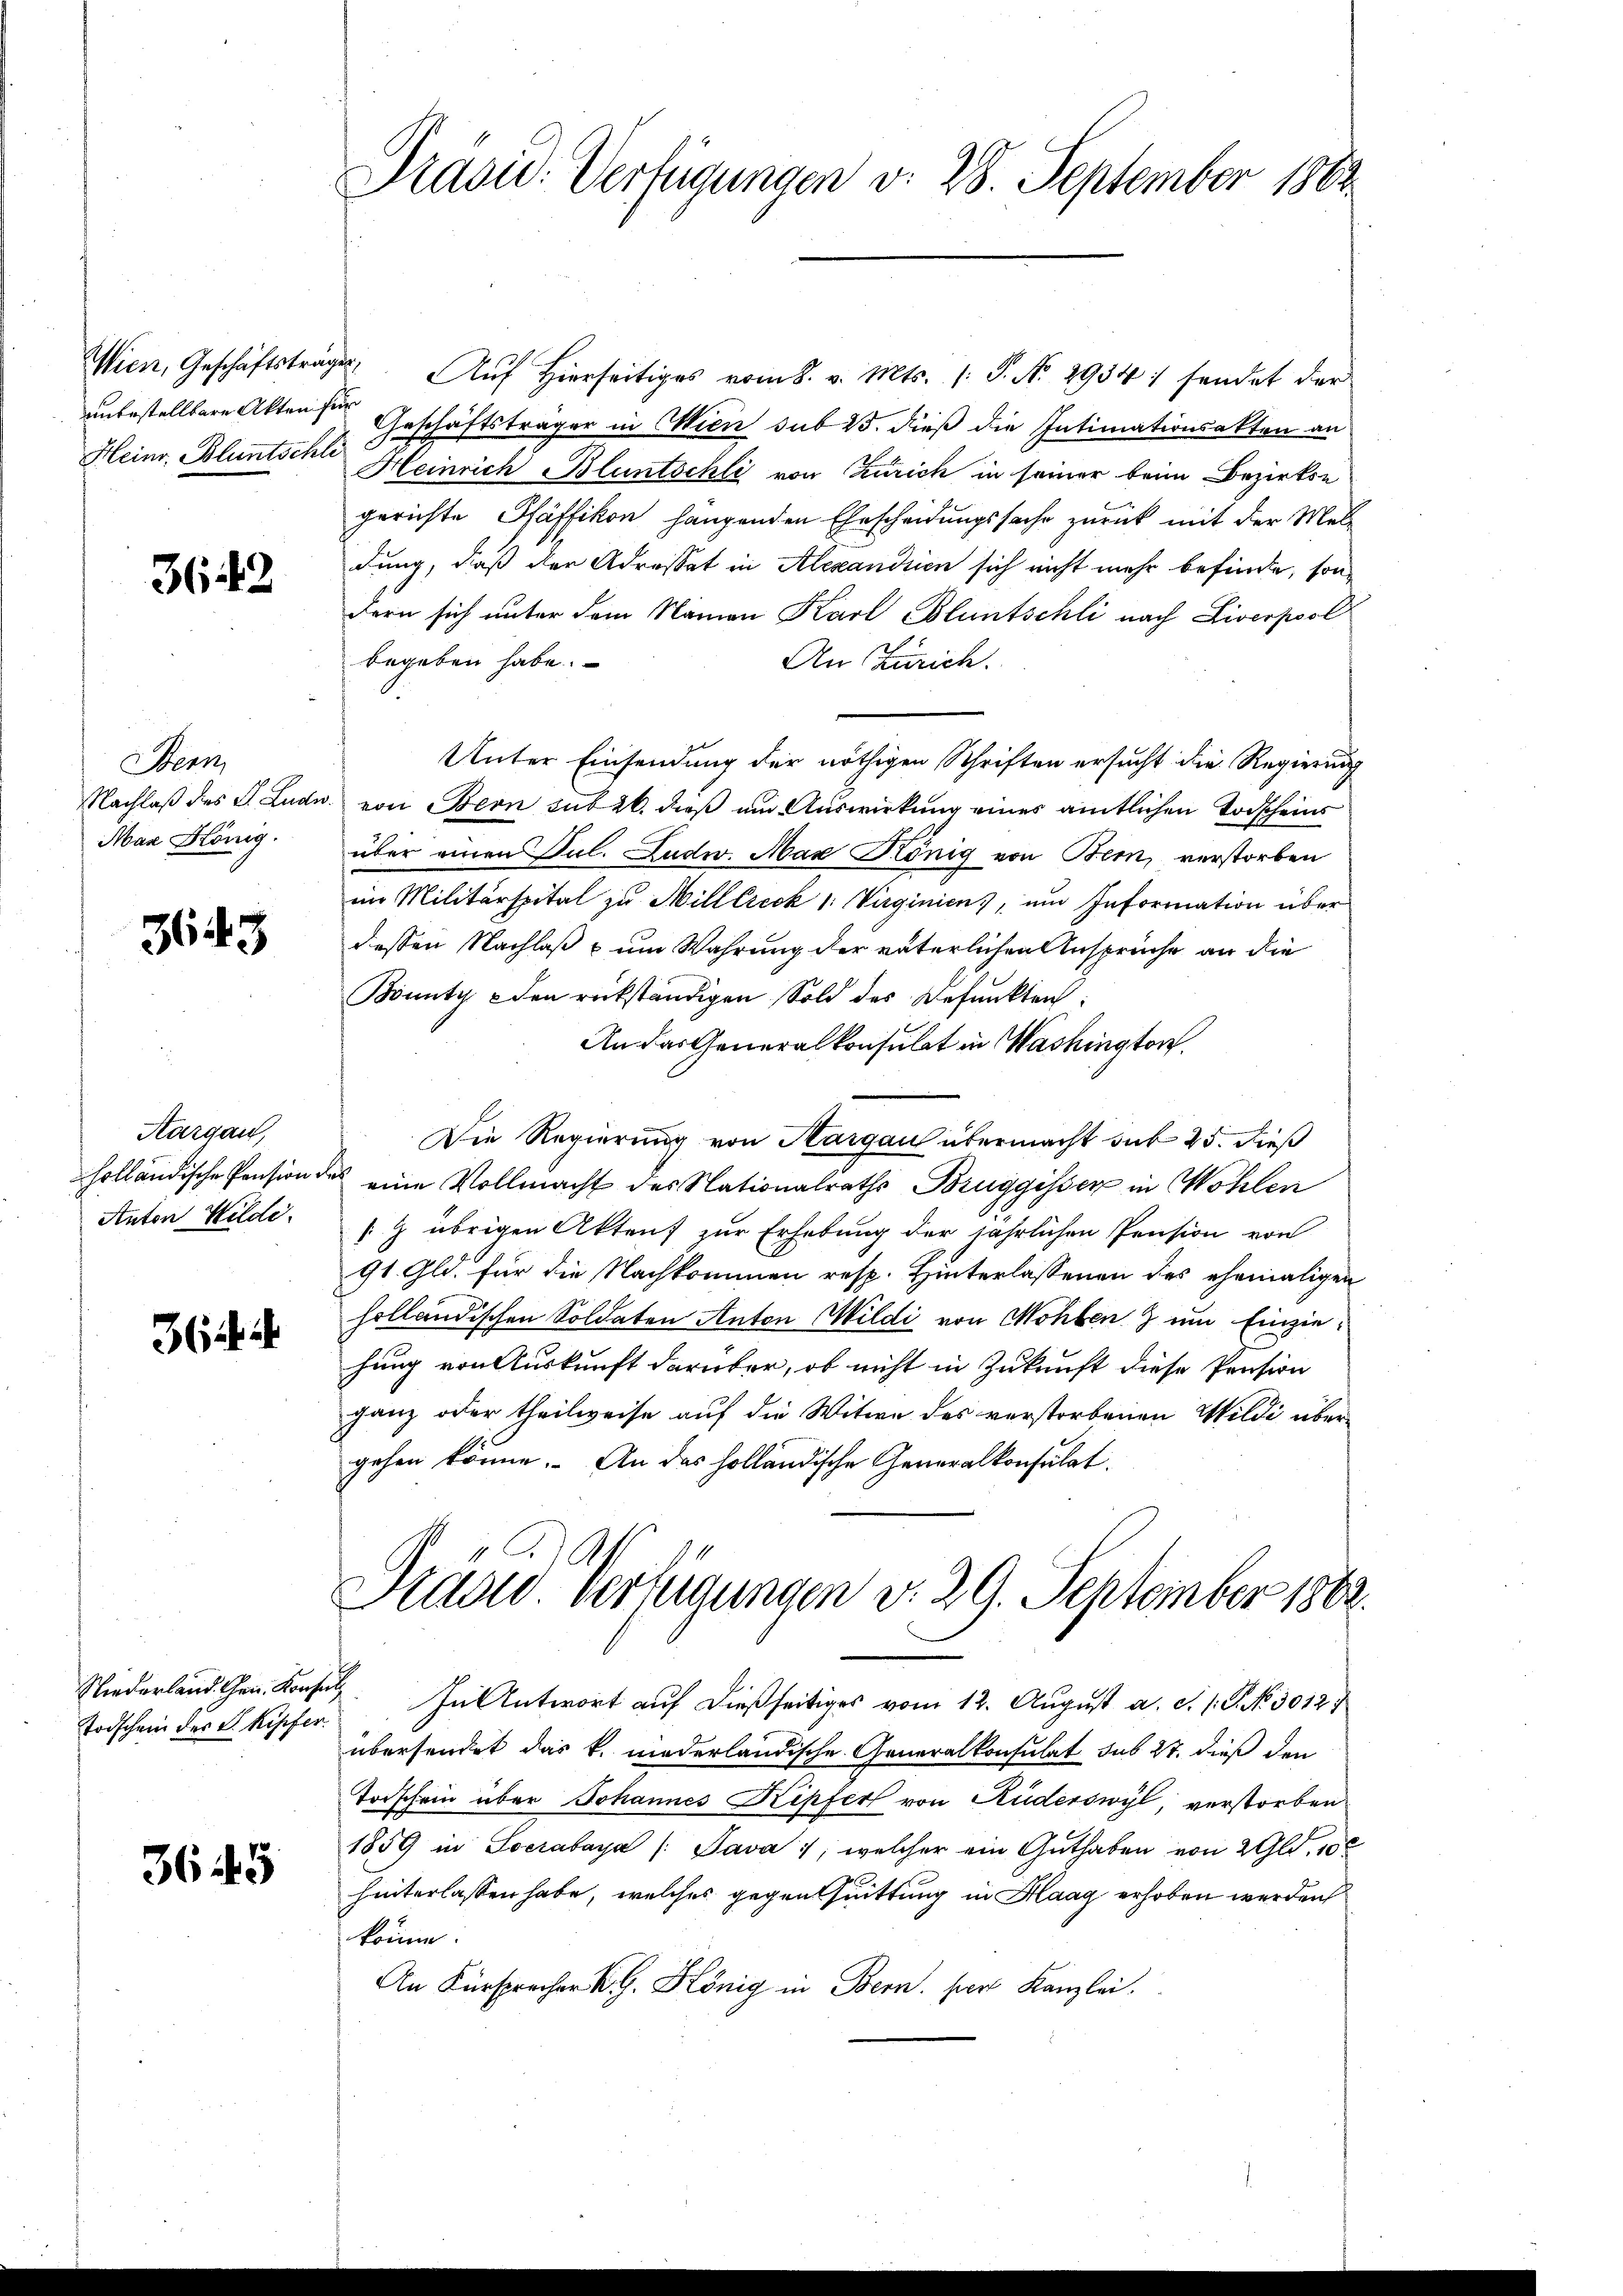
unbestellbare Akten für
Heinr. Bluntschle

3642

Senn
Nachlaß des P. Lude
Mar König.

3643

Aargau,
holländische Pension.
Anton Hilde.

364 i

Todschein des L. Kipfer.

3645

Präsid. Verfügungen d. 28. September 1882

Wien, Geschäftstrages Aŭf Hierseitig vom 8. v. Mts. (: P. No. 2934: sendet der
Geschäftsträger in Wien sub 25. dieß die Intimationsakten an
Heinrich Bluntschli von Zürich in seiner beim Bezirkse
gerichte Pfäffikon hangenden Ehescheidungssache zurück mit der Meldung, daß der Adressat in Alexandrien sich nicht mehr befinde, sondern sich unter dem Namen Karl Bluntschli nach Liverpool
begeben habe.
An Zürich.
Unter Einsendung der nöthigen Schriften ersucht die Regierung
u. von Bern sub 26. dieß um Auswirkung eines amtlichen Todscheins
über einen Jul. Ludw. Max König von Bern, verstorben
im Militärspital zu Milltreck 1: Virginiens, um Information über
dessen Nachlaß & um Wahrung der väterlichen Ansprüche an die
Bounty - den rückständigen Sold des Befunkten:
An das Generalkonsulat in Washington
Die Regierung von Hargau übermacht sub 25. dieß
des eine Vollmacht des Nationalraths Bruggisser in Wohlen
/9 übrigen Aktens zur Erhebung der jährlichen Pension von
91. Gld. für die Nachkommen resp. Hinterlassenen des ehemaligen
holländischen Soldaten Anton Wildi von Mohlen zum Einziehung von Auskunft darüber, ob nicht in Zukunft diese Pension
ganz oder theilweise auf die Witwe des verstorbenen Wildi übergehen könne. An das holländische Generalkonsulat.
A
Stadt Verfügungen v. 29. September 1862.
Wiederland. Gen. Konses. In Antwort auf dießseitiges vom 12. August a. c. 1. P. No 3012/
übersendet das k. niederländische Generalkonsulat sub 27. dieß den
Torschein über Johannes Kipfer von Ruderswyl, verstorben
1859 in Socrabaya /: Java , welcher ein Guthaben von 2 Gld. 100
hinterlassen habe, welches gegen Quittung in Haag erhoben werden
könne.
An Fürsprecher K. G. König in Bern. pers Kanzlei.